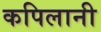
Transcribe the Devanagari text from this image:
कपिलानी